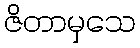
ဇိတာမှသေ